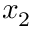
x _ { 2 }